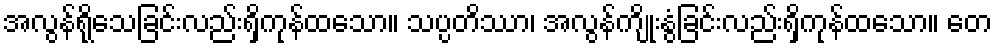
အလွန်ရိုသေခြင်းလည်းရှိကုန်ထသော။ သပ္ပတိဿာ၊ အလွန်ကျိုးနွံခြင်းလည်းရှိကုန်ထသော။ တေ